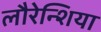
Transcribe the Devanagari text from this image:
लौरेन्शिया